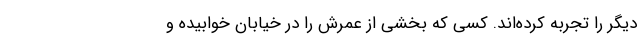
دیگر را تجربه کرده‌اند. کسی که بخشی از عمرش را در خیابان خوابیده و